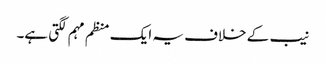
نیب کے خلاف یہ ایک منظم مہم لگتی ہے۔